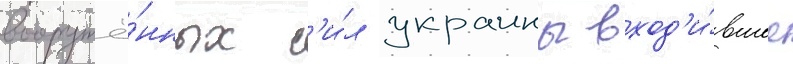
вооружё́нных с'и́л украины вход'и́вшее